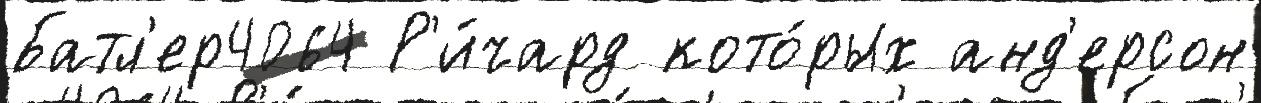
Батл'ер4064 Р'и́чард кото́рых анд'ерсон